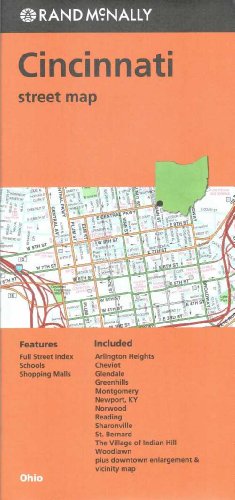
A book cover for Cincinnati Street Map- OH Rand McNally; Rand McNally; Travel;